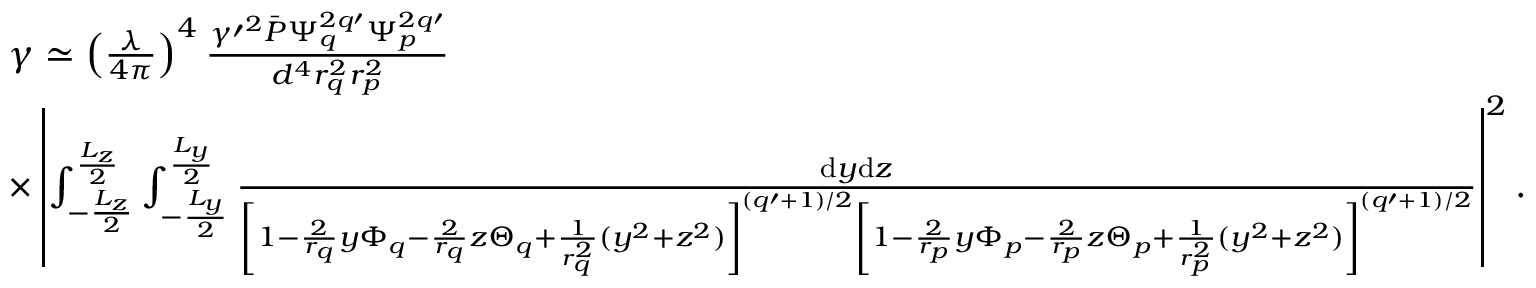
\begin{array} { r l } & { \gamma \simeq \left( \frac { \lambda } { 4 \pi } \right) ^ { 4 } \frac { \gamma \prime ^ { 2 } \bar { P } \Psi _ { q } ^ { 2 q \prime } \Psi _ { p } ^ { 2 q \prime } } { d ^ { 4 } r _ { q } ^ { 2 } r _ { p } ^ { 2 } } } \\ & { \times \left| \int _ { - \frac { L _ { z } } 2 } ^ { \frac { L _ { z } } 2 } \int _ { - \frac { L _ { y } } 2 } ^ { \frac { L _ { y } } 2 } \frac { \mathrm { d } y \mathrm { d } z } { \left[ 1 - \frac 2 { r _ { q } } y \Phi _ { q } - \frac 2 { r _ { q } } z \Theta _ { q } + \frac 1 { r _ { q } ^ { 2 } } ( y ^ { 2 } + z ^ { 2 } ) \right] ^ { ( q \prime + 1 ) / 2 } \left[ 1 - \frac 2 { r _ { p } } y \Phi _ { p } - \frac 2 { r _ { p } } z \Theta _ { p } + \frac 1 { r _ { p } ^ { 2 } } ( y ^ { 2 } + z ^ { 2 } ) \right] ^ { ( q \prime + 1 ) / 2 } } \right| ^ { 2 } . } \end{array}